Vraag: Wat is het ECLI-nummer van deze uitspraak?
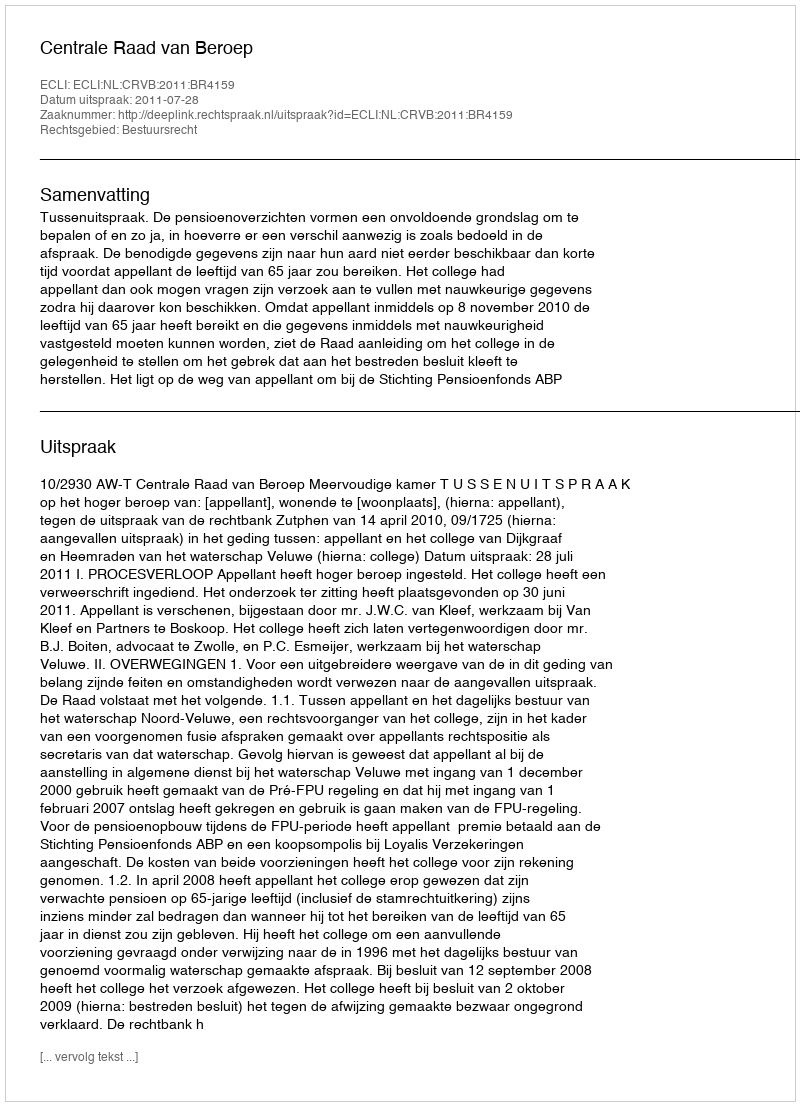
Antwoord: ECLI:NL:CRVB:2011:BR4159